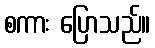
စကား ပြောသည်။